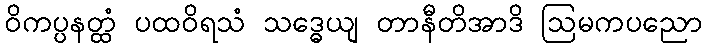
ဝိကပ္ပနတ္ထံ ပထဝိရသံ သဒ္ဓေယျ တာနီတိအာဒိ ဩမကပညော